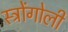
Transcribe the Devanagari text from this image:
स्ट्रोंगोली